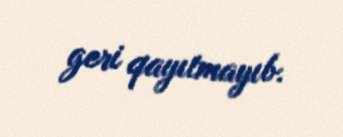
geri qayıtmayıb.